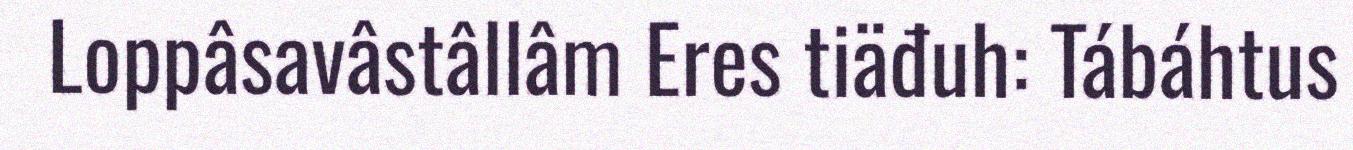
Loppâsavâstâllâm Eres tiäđuh: Tábáhtus